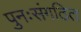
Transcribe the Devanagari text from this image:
पुनःसंगठित